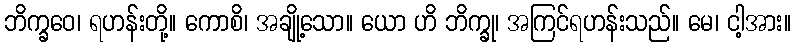
ဘိက္ခဝေ၊ ရဟန်းတို့။ ကောစိ၊ အချို့သော။ ယော ဟိ ဘိက္ခု၊ အကြင်ရဟန်းသည်။ မေ၊ ငါ့အား။